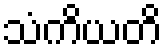
သံကိယတိ